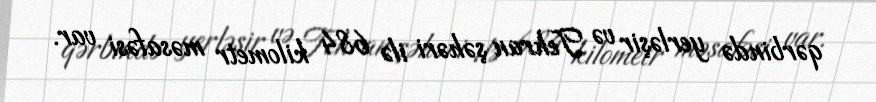
qərbində yerləşir və Tehran şəhəri ilə 684 kilometr məsafəsi var.